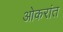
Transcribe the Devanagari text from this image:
ओकरांत